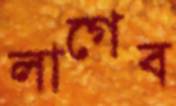
লাগেব